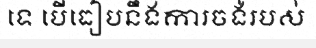
ទេ បើធៀបនឹងការចង់របស់